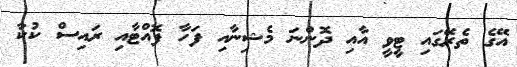
އޭގެ ތެރޭގައި ޓީވީ އާއި ދޮންނަ މެޝިނާއި ފަހާ ފޮއްޓާއި ރައިސް ކުކާ